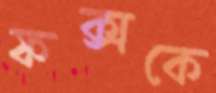
ফক্সকে